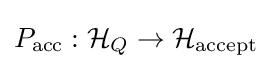
P_{\text{acc}}:{\mathcal {H}}_{Q}\to {\mathcal {H}}_{\text{accept}}